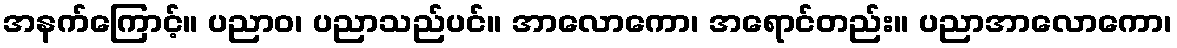
အနက်ကြောင့်။ ပညာဝ၊ ပညာသည်ပင်။ အာလောကော၊ အရောင်တည်း။ ပညာအာလောကော၊